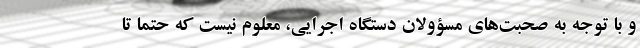
و با توجه به صحبت‌های مسؤولان دستگاه اجرایی، معلوم نیست که حتما تا